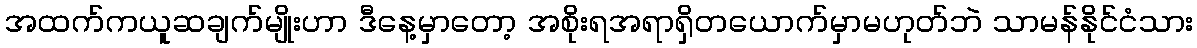
အထက်ကယူဆချက်မျိုးဟာ ဒီနေ့မှာတော့ အစိုးရအရာရှိတယောက်မှာမဟုတ်ဘဲ သာမန်နိုင်ငံသား